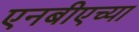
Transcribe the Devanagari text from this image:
एनबीएच्या